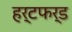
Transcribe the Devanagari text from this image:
हर्टफर्ड